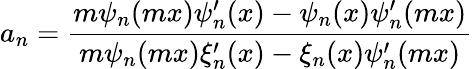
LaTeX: a_{n}=\frac{m\psi_{n}(mx)\psi_{n}^{\prime}(x)-\psi_{n}(x)\psi_{n}^{\prime}(mx)}{m\psi_{n}(mx)\xi_{n}^{\prime}(x)-\xi_{n}(x)\psi_{n}^{\prime}(mx)}